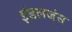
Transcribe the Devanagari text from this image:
इंडलजंस